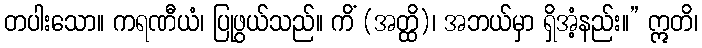
တပါးသော။ ကရဏီယံ၊ ပြုဖွယ်သည်။ ကိံ (အတ္ထိ)၊ အဘယ်မှာ ရှိအံ့နည်း။” ဣတိ၊